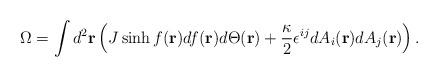
LaTeX: \begin{align*}\Omega= \int d^2{\bf r}\left(J \sinh f({\bf r}) d f({\bf r})d\Theta({\bf r})+\frac{\kappa}{2}\epsilon^{ij} d A_i({\bf r}) d A_j ({\bf r})\right). \end{align*}